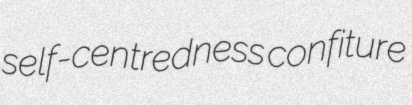
self-centredness confiture